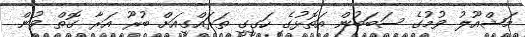
މަޝްއޫލު ވުމުގެ ސަބަބުން އަތޮޅުގެ ހަގީގީ ތަރައްގީއަށް ބުރޫ އަރާ ގޮތް ވުން